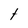
Character: t